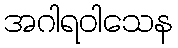
အဂါရဝါသေန